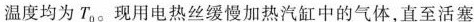
温度均为P_{0}。现用电热丝缓慢加热汽缸中的气体，直至活塞